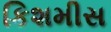
કિશમીસ